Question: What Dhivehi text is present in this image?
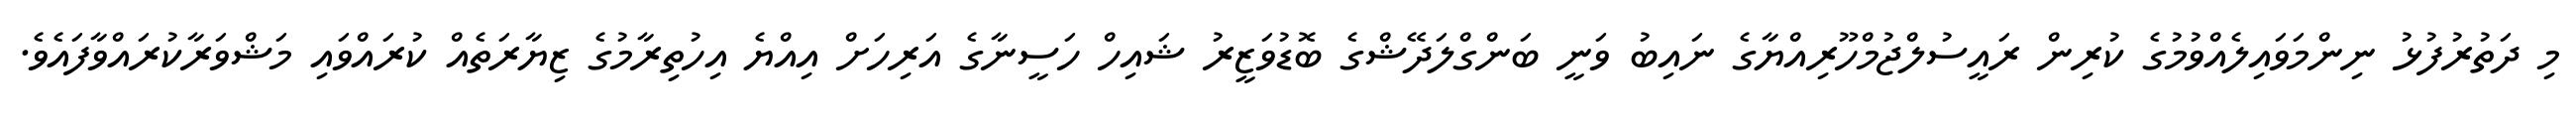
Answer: މި ދަތުރުފުޅު ނިންމަވައިލެއްވުމުގެ ކުރިން ރައީސުލްޖުމްހޫރިއްޔާގެ ނައިބު ވަނީ ބަންގްލަދޭޝްގެ ބޮޑުވަޒީރު ޝައިހް ހަސީނާގެ އަރިހަށް އިއްޔެ އިހުތިރާމުގެ ޒިޔާރަތެއް ކުރައްވައި މަޝްވަރާކުރައްވާފައެވެ.